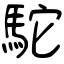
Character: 駝